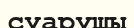
суарушы